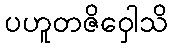
ပဟူတဇိဝှေါသိ